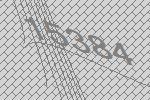
15384